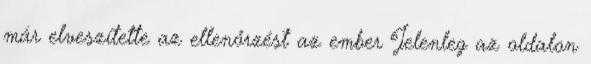
már elveszítette az ellenőrzést az ember Jelenleg az oldalon